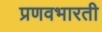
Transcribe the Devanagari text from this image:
प्रणवभारती